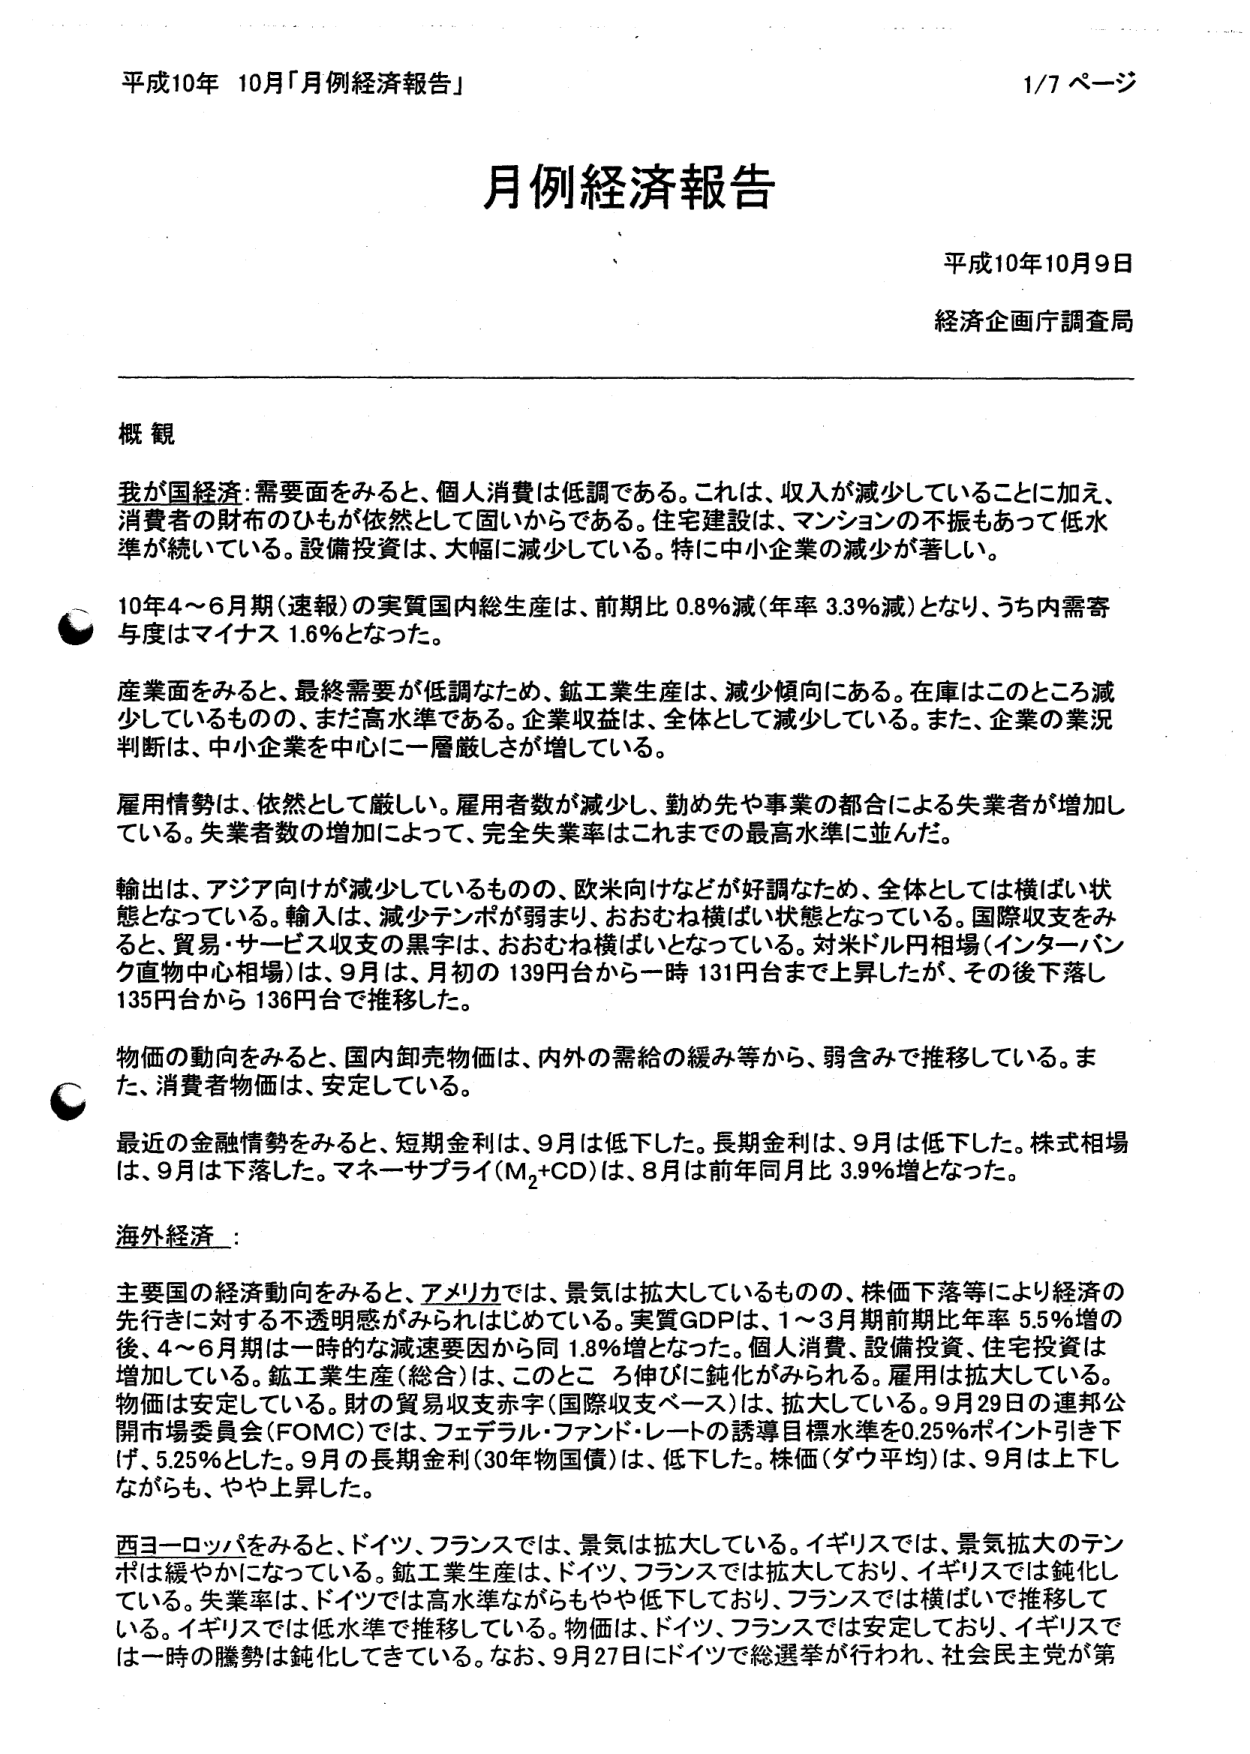
平成10年 10月「月例経済報告」 1/7 ページ

月例経済報告

平成10年10月9日
経済企画庁調査局

概観

我が国経済：需要面をみると、個人消費は低調である。これは、収入が減少していることに加え、消費者の財布のひもが依然として固いからである。住宅建設は、マンションの不振もあって低水準が続いている。設備投資は、大幅に減少している。特に中小企業の減少が著しい。

10年4～6月期（速報）の実質国内総生産は、前期比 0.8％減（年率 3.3％減）となり、うち内需寄与度はマイナス 1.6％となった。

産業面をみると、最終需要が低調なため、鉱工業生産は、減少傾向にある。在庫はこのところ減少しているものの、まだ高水準である。企業収益は、全体として減少している。また、企業の業況判断は、中小企業を中心に一層厳しさが増している。

雇用情勢は、依然として厳しい。雇用者数が減少し、勤め先や事業の都合による失業者が増加している。失業者数の増加によって、完全失業率はこれまでの最高水準に並んだ。

輸出は、アジア向けが減少しているものの、欧米向けなどが好調なため、全体としては横ばい状態となっている。輸入は、減少テンポが弱まり、おおむね横ばい状態となっている。国際収支をみると、貿易・サービス収支の黒字は、おおむね横ばいとなっている。対米ドル円相場（インターバンク直物中心相場）は、9月は、月初の 139円台から一時 131円台まで上昇したが、その後下落し135円台から 136円台で推移した。

物価の動向をみると、国内卸売物価は、内外の需給の緩み等から、弱含みで推移している。また、消費者物価は、安定している。

最近の金融情勢をみると、短期金利は、9月は低下した。長期金利は、9月は低下した。株式相場は、9月は下落した。マネーサプライ（M₂+CD）は、8月は前年同月比 3.9％増となった。

海外経済：

主要国の経済動向をみると、アメリカでは、景気は拡大しているものの、株価下落等により経済の先行きに対する不透明感がみられはじめている。実質GDPは、1～3月期前期比年率 5.5％増の後、4～6月期は一時的な減速要因から同 1.8％増となった。個人消費、設備投資、住宅投資は増加している。鉱工業生産（総合）は、このところ伸びに鈍化がみられる。雇用は拡大している。物価は安定している。財の貿易収支赤字（国際収支ベース）は、拡大している。9月29日の連邦公開市場委員会（FOMC）では、フェデラル・ファンド・レートの誘導目標水準を0.25％ポイント引き下げ、5.25％とした。9月の長期金利（30年物国債）は、低下した。株価（ダウ平均）は、9月は上下しながらも、やや上昇した。

西ヨーロッパをみると、ドイツ、フランスでは、景気は拡大している。イギリスでは、景気拡大のテンポは緩やかになっている。鉱工業生産は、ドイツ、フランスでは拡大しており、イギリスでは鈍化している。失業率は、ドイツでは高水準ながらもやや低下しており、フランスでは横ばいで推移している。イギリスでは低水準で推移している。物価は、ドイツ、フランスでは安定しており、イギリスでは一時の騰勢は鈍化してきている。なお、9月27日にドイツで総選挙が行われ、社会民主党が第